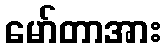
မော်တာအား